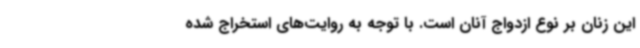
این زنان بر نوع ازدواج آنان است. با توجه به روایت‌های استخراج شده